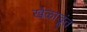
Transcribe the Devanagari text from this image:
खेळाडूंत